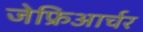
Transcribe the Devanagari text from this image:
जेफ्रिआर्चर